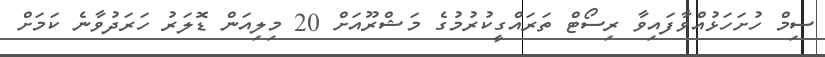
ސިމް ހުށަހަޅުއްވާފައިވާ ރިސޯޓް ތަރައްގީކުރުމުގެ މަޝްރޫއަށް 20 މިލިއަން ޑޮލަރު ހަރަދުވާނެ ކަމަށް